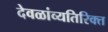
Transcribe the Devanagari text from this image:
देवळांव्यतिरिक्‍त